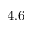
4 . 6